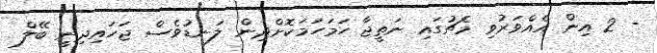
- 2 އިން އެއްވަރުވި މެޗުގައި ނަތީޖާ ހަމަހަމަކޮށްދިން ލަނޑުވެސް ޖަހައިދިނީ ބޭލް